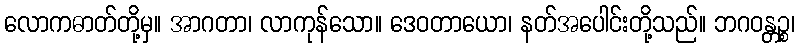
လောကဓာတ်တို့မှ။ အာဂတာ၊ လာကုန်သော။ ဒေဝတာယော၊ နတ်အပေါင်းတို့သည်။ ဘဂဝန္တဉ္စ၊